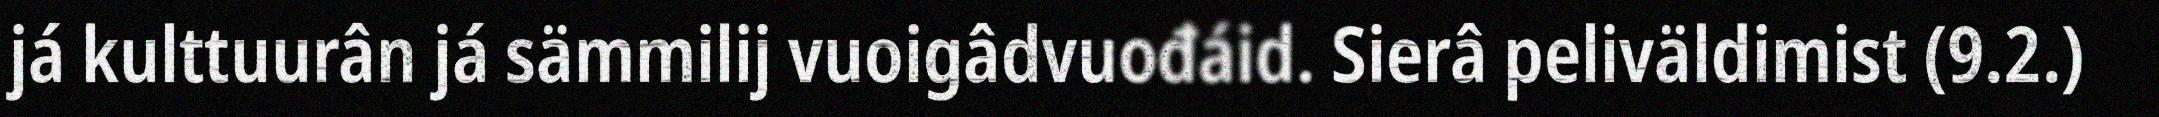
já kulttuurân já sämmilij vuoigâdvuođáid. Sierâ peliväldimist (9.2.)